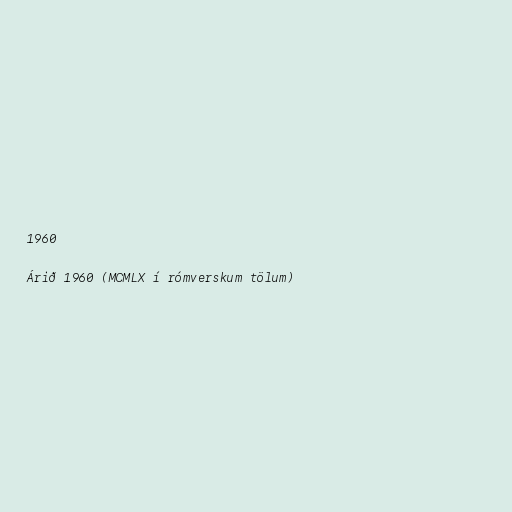
1960

Árið 1960 (MCMLX í rómverskum tölum)